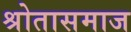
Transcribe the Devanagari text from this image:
श्रोतासमाज